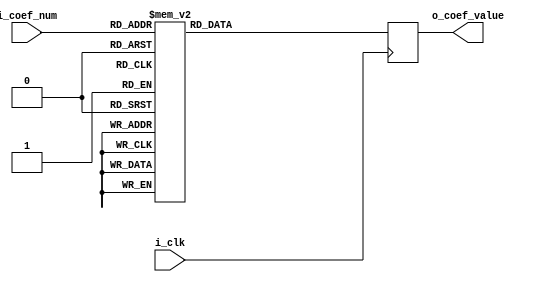
// add here values for hash block init ????
`define LUT_COEF

`ifdef LATTICE_BRAM_COEF
  module sha256_coefs_clk(
	input [5 : 0] i_coef_num,
  input i_clk,
  output [31 : 0] o_coef_value
  );
  `define COEF_VERS 5
  `ifdef ALTERA_M4K_COEF
    `error_multiple_definitions
  `elsif LUT_COEF
    `error_multiple_definitions
  `endif

SB_RAM256x16 ram256x16_lowpart (
  .RDATA(o_coef_value[15:0]),
  .RADDR({3'd0, i_coef_num}),
  .RCLK(i_clk),
  .RCLKE(1'b1),
  .RE(1'b1),
  .WADDR(8'hFF),
  .WCLK(1'b0),
  .WCLKE(1'b0),
  .WDATA(16'd0),
  .WE(1'b0),
  .MASK(16'hFFFF)
);

defparam ram256x16_lowpart.INIT_0 = 256'hf17406a7b1fe5d747dc385be5b01aa985ed582a411f1c25bdba5fbcf44912f98;
defparam ram256x16_lowpart.INIT_1 = 256'h2967635191470bf37fc727c8c66d515288daa9dc84aa2c6fa1cc9dc6478669c1;
defparam ram256x16_lowpart.INIT_2 = 256'ha07035850624e81951a38b70664be8a12c85c92e0abb73540d136dfc21380a85;
defparam ram256x16_lowpart.INIT_3 = 256'h78f2a3f76cebfffa02087814636f82ee6ff3ca4faa4a0cb3bcb5774c6c08c116;

SB_RAM256x16 ram256x16_hipart (
  .RDATA(o_coef_value[31:16]),
  .RADDR({3'd0, i_coef_num}),
  .RCLK(i_clk),
  .RCLKE(1'b1),
  .RE(1'b1),
  .WADDR(8'hFF),
  .WCLK(1'b0),
  .WCLKE(1'b0),
  .WDATA(16'd0),
  .WE(1'b0),
  .MASK(16'hFFFF)
);

defparam ram256x16_hipart.INIT_0 = 256'hc19b9bdc80de72be550c24311283d807ab1c923f59f13956e9b5b5c07137428a;
defparam ram256x16_hipart.INIT_1 = 256'h142906cad5a7c6e0bf59b003a831983e76f95cb04a742de9240c0fc1efbee49b;
defparam ram256x16_hipart.INIT_2 = 256'h106af40ed699d192c76cc24ba81aa2bf927281c2766a650a53384d2c2e1b27b7;
defparam ram256x16_hipart.INIT_3 = 256'hc671bef9a45090be8cc784c878a5748f682e5b9c4ed8391c34b027481e3719a4;
`endif

`ifdef ALTERA_M4K_COEF
module sha256_coefs_clk(
	input [5 : 0] i_coef_num,
  input i_clk,
  output [31 : 0] o_coef_value
  );
  `define COEF_VERS 10
  `ifdef LATTICE_BRAM_COEF
    `error_multiple_definitions
  `elsif LUT_COEF
    `error_multiple_definitions
  `endif

	reg [32-1:0] rom[2**6-1:0];

	initial	begin
		$readmemb("sha256_coefs.txt", rom);
	end

	always @ (posedge i_clk) begin
		o_coef_value <= rom[i_coef_num];
	end

`endif

`ifdef LUT_COEF
module sha256_coefs_clk(
	input [5 : 0] i_coef_num,
  input i_clk,
  output reg[31 : 0] o_coef_value
  );
  `define COEF_VERS 0
  `ifdef LATTICE_BRAM_COEF
    `error_multiple_definitions
  `endif 
  `ifdef ALTERA_M4K_COEF
    `error_multiple_definitions
  `endif

  always @(posedge i_clk) begin
      case(i_coef_num)
        00: o_coef_value <= 32'h428a2f98;
        01: o_coef_value <= 32'h71374491;
        02: o_coef_value <= 32'hb5c0fbcf;
        03: o_coef_value <= 32'he9b5dba5;
        04: o_coef_value <= 32'h3956c25b;
        05: o_coef_value <= 32'h59f111f1;
        06: o_coef_value <= 32'h923f82a4;
        07: o_coef_value <= 32'hab1c5ed5;
        08: o_coef_value <= 32'hd807aa98;
        09: o_coef_value <= 32'h12835b01;
        10: o_coef_value <= 32'h243185be;
        11: o_coef_value <= 32'h550c7dc3;
        12: o_coef_value <= 32'h72be5d74;
        13: o_coef_value <= 32'h80deb1fe;
        14: o_coef_value <= 32'h9bdc06a7;
        15: o_coef_value <= 32'hc19bf174;
        16: o_coef_value <= 32'he49b69c1;
        17: o_coef_value <= 32'hefbe4786;
        18: o_coef_value <= 32'h0fc19dc6;
        19: o_coef_value <= 32'h240ca1cc;
        20: o_coef_value <= 32'h2de92c6f;
        21: o_coef_value <= 32'h4a7484aa;
        22: o_coef_value <= 32'h5cb0a9dc;
        23: o_coef_value <= 32'h76f988da;
        24: o_coef_value <= 32'h983e5152;
        25: o_coef_value <= 32'ha831c66d;
        26: o_coef_value <= 32'hb00327c8;
        27: o_coef_value <= 32'hbf597fc7;
        28: o_coef_value <= 32'hc6e00bf3;
        29: o_coef_value <= 32'hd5a79147;
        30: o_coef_value <= 32'h06ca6351;
        31: o_coef_value <= 32'h14292967;
        32: o_coef_value <= 32'h27b70a85;
        33: o_coef_value <= 32'h2e1b2138;
        34: o_coef_value <= 32'h4d2c6dfc;
        35: o_coef_value <= 32'h53380d13;
        36: o_coef_value <= 32'h650a7354;
        37: o_coef_value <= 32'h766a0abb;
        38: o_coef_value <= 32'h81c2c92e;
        39: o_coef_value <= 32'h92722c85;
        40: o_coef_value <= 32'ha2bfe8a1;
        41: o_coef_value <= 32'ha81a664b;
        42: o_coef_value <= 32'hc24b8b70;
        43: o_coef_value <= 32'hc76c51a3;
        44: o_coef_value <= 32'hd192e819;
        45: o_coef_value <= 32'hd6990624;
        46: o_coef_value <= 32'hf40e3585;
        47: o_coef_value <= 32'h106aa070;
        48: o_coef_value <= 32'h19a4c116;
        49: o_coef_value <= 32'h1e376c08;
        50: o_coef_value <= 32'h2748774c;
        51: o_coef_value <= 32'h34b0bcb5;
        52: o_coef_value <= 32'h391c0cb3;
        53: o_coef_value <= 32'h4ed8aa4a;
        54: o_coef_value <= 32'h5b9cca4f;
        55: o_coef_value <= 32'h682e6ff3;
        56: o_coef_value <= 32'h748f82ee;
        57: o_coef_value <= 32'h78a5636f;
        58: o_coef_value <= 32'h84c87814;
        59: o_coef_value <= 32'h8cc70208;
        60: o_coef_value <= 32'h90befffa;
        61: o_coef_value <= 32'ha4506ceb;
        62: o_coef_value <= 32'hbef9a3f7;
        63: o_coef_value <= 32'hc67178f2;
      endcase
    end
`endif
endmodule